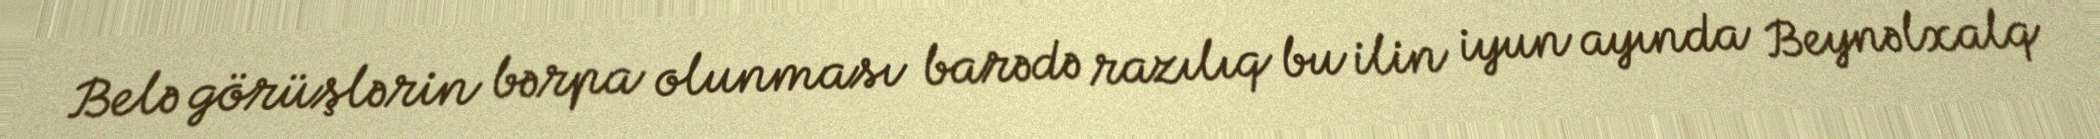
Belə görüşlərin bərpa olunması barədə razılıq bu ilin iyun ayında Beynəlxalq